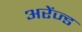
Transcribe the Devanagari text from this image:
अरेंज्ड